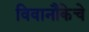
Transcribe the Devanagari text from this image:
विवानौकेचे